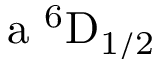
\mathrm { a \ ^ { 6 } D _ { 1 / 2 } }